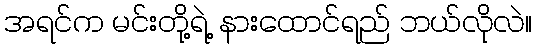
အရင်က မင်းတို့ရဲ့ နားထောင်ရည် ဘယ်လိုလဲ။